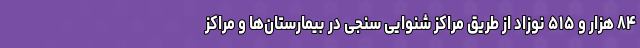
۸۴ هزار و ۵۱۵ نوزاد از طریق مراکز شنوایی سنجی در بیمارستان‌ها و مراکز